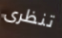
تنظرى